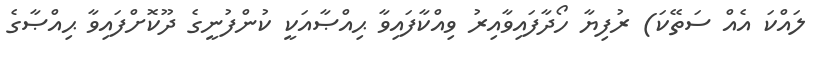
ލައްކަ އެއް ސަތޭކަ) ރުފިޔާ ހޯދާފައިވާއިރު ވިއްކާފައިވާ ޙިއްޞާއަކީ ކުންފުނީގެ ދޫކޮށްފައިވާ ޙިއްޞާގެ